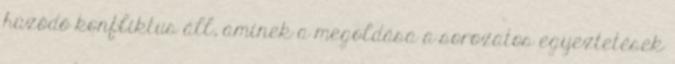
húzódó konfliktus áll, aminek a megoldása a sorozatos egyeztetések